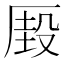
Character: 𰆢